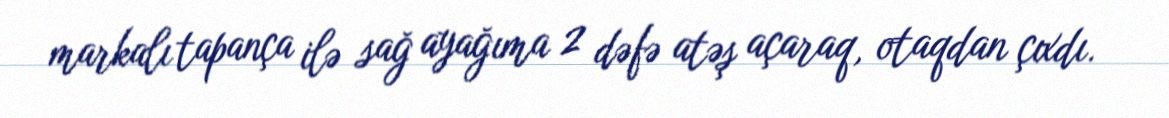
markalı tapança ilə sağ ayağıma 2 dəfə atəş açaraq, otaqdan çıxdı.